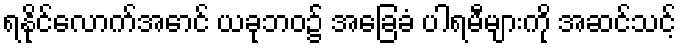
ရနိုင်လောက်အောင် ယခုဘဝ၌ အခြေခံ ပါရမီများကို အဆင်သင့်